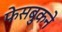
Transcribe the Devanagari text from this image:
फेसबुकने